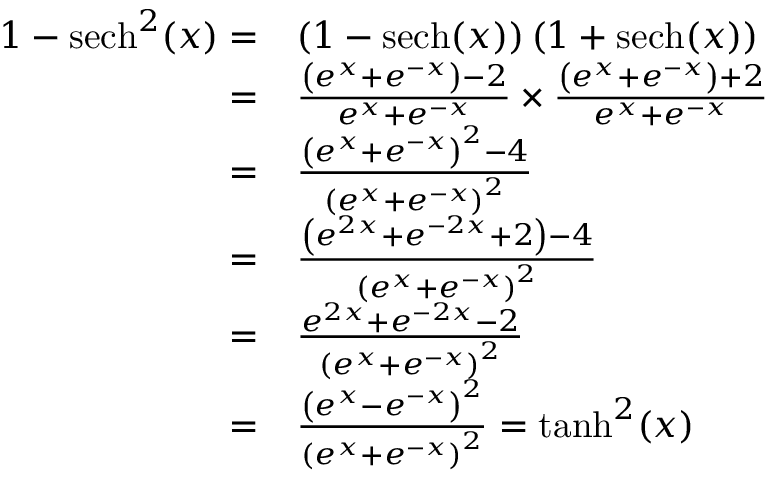
\begin{array} { r l } { 1 - \operatorname { s e c h } ^ { 2 } ( x ) = } & { \left( 1 - \operatorname { s e c h } ( x ) \right) \left( 1 + \operatorname { s e c h } ( x ) \right) } \\ { = } & { \frac { \left( e ^ { x } + e ^ { - x } \right) - 2 } { e ^ { x } + e ^ { - x } } \times \frac { \left( e ^ { x } + e ^ { - x } \right) + 2 } { e ^ { x } + e ^ { - x } } } \\ { = } & { \frac { \left( e ^ { x } + e ^ { - x } \right) ^ { 2 } - 4 } { \left( e ^ { x } + e ^ { - x } \right) ^ { 2 } } } \\ { = } & { \frac { \left( e ^ { 2 x } + e ^ { - 2 x } + 2 \right) - 4 } { \left( e ^ { x } + e ^ { - x } \right) ^ { 2 } } } \\ { = } & { \frac { e ^ { 2 x } + e ^ { - 2 x } - 2 } { \left( e ^ { x } + e ^ { - x } \right) ^ { 2 } } } \\ { = } & { \frac { \left( e ^ { x } - e ^ { - x } \right) ^ { 2 } } { \left( e ^ { x } + e ^ { - x } \right) ^ { 2 } } = \operatorname { t a n h } ^ { 2 } ( x ) } \end{array}